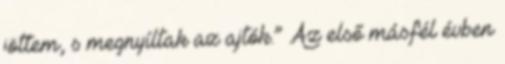
jöttem, s megnyíltak az ajtók.” Az első másfél évben